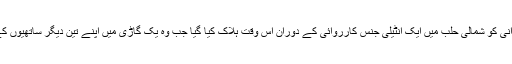
ان کا کہنا ہے کہ مسٹر ہمدانی کو شمالی حلب میں ایک انٹیلی جنس کارروائی کے دوران اس وقت ہلاک کیا گیا جب وہ یک گاڑی میں اپنے تین دیگر ساتھیوں کے ہمراہ چھپے ہوئے تھے۔